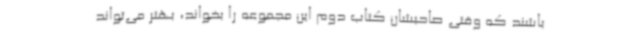
باشند که وقتی صاحبشان کتاب دوم این مجموعه را بخواند، بهتر می‌تواند